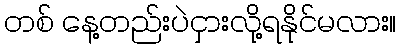
တစ် နေ့တည်းပဲငှားလို့ရနိုင်မလား။